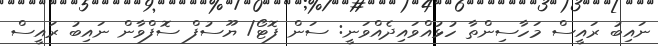
ނައިބު ރައީސް މަހާސިންތާ ހުޅުއްވައިދެއްވަނީ: ސަން ފޮޓޯ/ ޔޫސުފް ސޮފްވާން ނައިބު ރައީސް